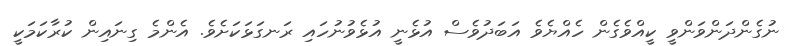
ނުގެންދަންވަންވީ ކީއްވެގެން ހެއްޔެވެ އަބަދުވެސް އުޅެނީ އުޅެވުނުހައި ރަނގަޅަކަށެވެ. އެންމެ ގިނައިން ކުރާކަމަކީ